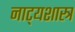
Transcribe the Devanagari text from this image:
नाट्‍यशास्त्र